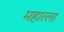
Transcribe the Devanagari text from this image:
महात्ला